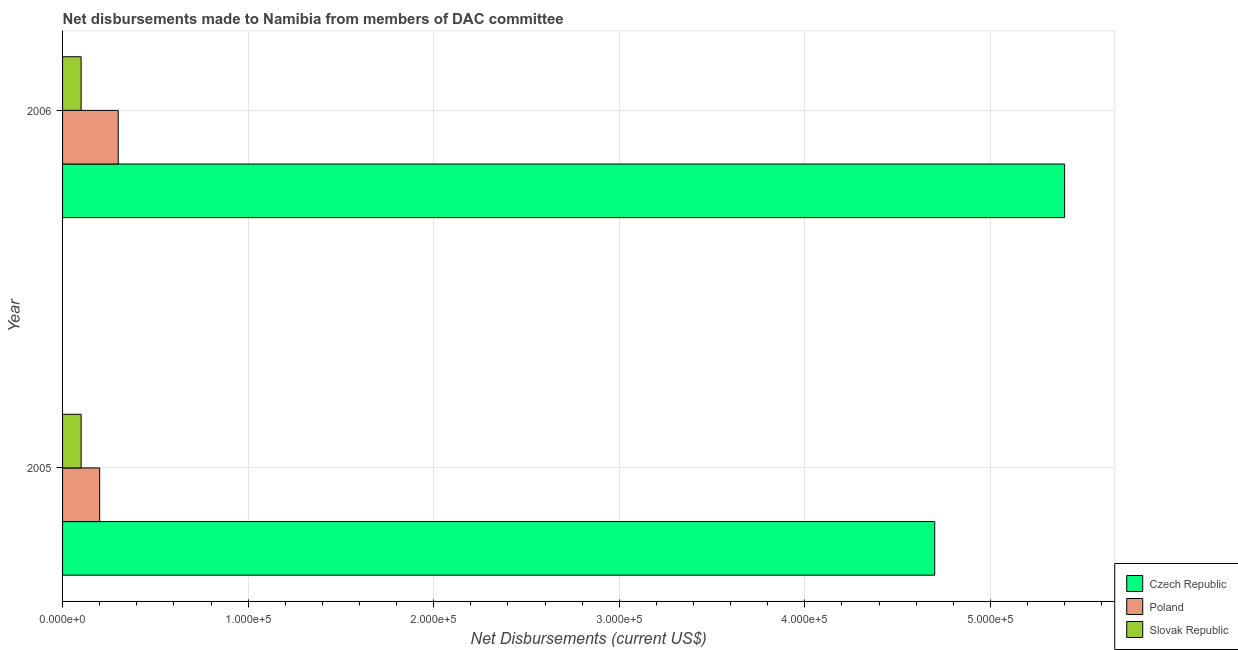
| Year | Czech Republic | Poland | Slovak Republic |
 | --- | --- | --- | --- |
 | 2005 | 4.7e+05 | 2e+04 | 1e+04 |
 | 2006 | 5.4e+05 | 3e+04 | 1e+04 |